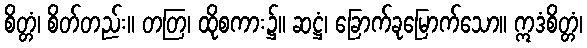
စိတ္တံ၊ စိတ်တည်း။ တတြ၊ ထိုစကား၌။ ဆဋ္ဌံ၊ ခြောက်ခုမြောက်သော။ ဣဒံစိတ္တံ၊